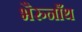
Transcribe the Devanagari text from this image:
भैरुनाँथ